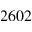
2 6 0 2